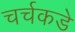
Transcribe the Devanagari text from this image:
चर्चकडे